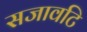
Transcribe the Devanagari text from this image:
सजावटि